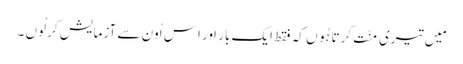
مَیں تیری مِنّت کرتا ہُوں کہ فقط ایک بار اَور اِس اُون سے آزمایش کر لُوں ۔